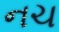
નચ